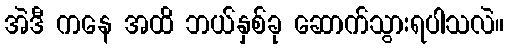
အဲဒီ ကနေ အထိ ဘယ်နှစ်ခု ဆောက်သွားရပါသလဲ။